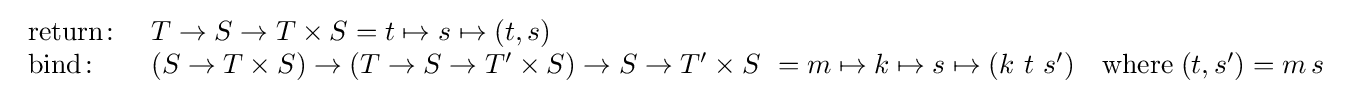
{\begin{array}{ll}{\text{return}}\colon &T\rightarrow S\rightarrow T\times S=t\mapsto s\mapsto (t,s)\\{\text{bind}}\colon &(S\rightarrow T\times S)\rightarrow (T\rightarrow S\rightarrow T'\times S)\rightarrow S\rightarrow T'\times S\ =m\mapsto k\mapsto s\mapsto (k\ t\ s')\quad {\text{where}}\;(t,s')=m\,s\end{array}}